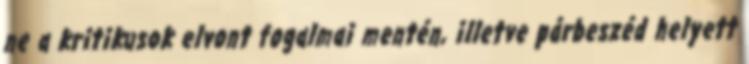
ne a kritikusok elvont fogalmai mentén, illetve párbeszéd helyett